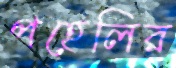
পহেলির